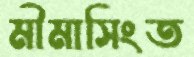
মীমাসিংত